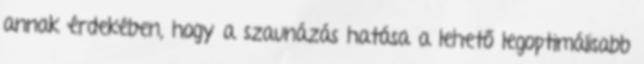
annak érdekében, hogy a szaunázás hatása a lehető legoptimálisabb